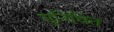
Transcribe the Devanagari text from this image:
सुनिचित